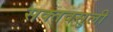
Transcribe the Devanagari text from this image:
सक्तवसुली